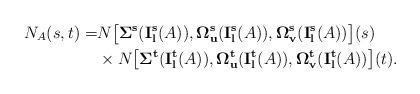
LaTeX: \begin{align*}N_A(s,t)=&N\big[{\bf \Sigma^s}({\bf I^s_l}(A)),{\bf \Omega_{u}^s}({\bf I^s_l}(A)), {\bf \Omega_{v}^s}({\bf I^s_l}(A))\big](s) \\&\times N\big[{\bf \Sigma^t}({\bf I^t_l}(A)),{\bf \Omega_{u}^t}({\bf I^t_l}(A)), {\bf \Omega_{v}^t}({\bf I^t_l}(A))\big](t). \end{align*}